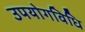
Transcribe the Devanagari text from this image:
उपयोगविधि